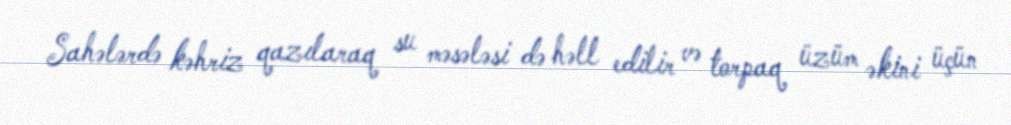
Sahələrdə kəhriz qazılaraq su məsələsi də həll edilir və torpaq üzüm əkini üçün